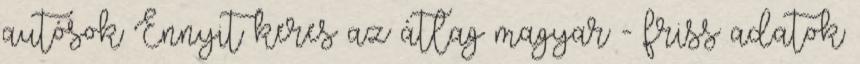
autósok Ennyit keres az átlag magyar - friss adatok